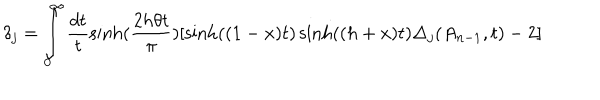
LaTeX: \delta _ { j } = \int _ { 0 } ^ { \infty } \frac { d t } t \sinh ( \frac { 2 h \theta t } \pi ) [ \sinh ( ( 1 - x ) t ) \sinh ( ( h + x ) t ) \Delta _ { j } ( A _ { n - 1 } , t ) - 2 ]